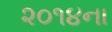
૨૦૧૪ના